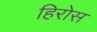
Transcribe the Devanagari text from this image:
हिरोस